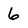
Character: 6